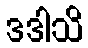
ဒဒါသိ